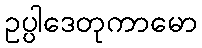
ဥပ္ပါဒေတုကာမော